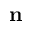
\mathbf { n }